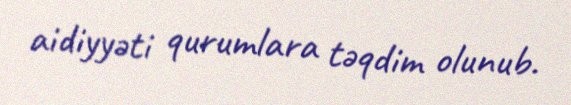
aidiyyəti qurumlara təqdim olunub.